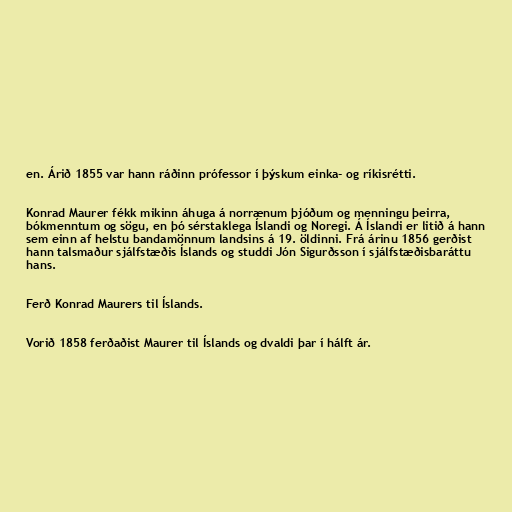
en. Árið 1855 var hann ráðinn prófessor í þýskum einka- og ríkisrétti.

Konrad Maurer fékk mikinn áhuga á norrænum þjóðum og menningu þeirra,
bókmenntum og sögu, en þó sérstaklega Íslandi og Noregi. Á Íslandi er litið á hann
sem einn af helstu bandamönnum landsins á 19. öldinni. Frá árinu 1856 gerðist
hann talsmaður sjálfstæðis Íslands og studdi Jón Sigurðsson í sjálfstæðisbaráttu
hans.

Ferð Konrad Maurers til Íslands.

Vorið 1858 ferðaðist Maurer til Íslands og dvaldi þar í hálft ár.